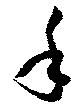
手